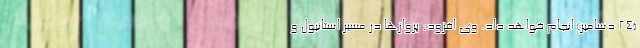
(۲۴ دسامبر) انجام خواهد داد. وی افزود: پروازها در مسیر استانبول و